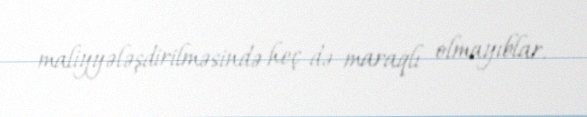
maliyyələşdirilməsində heç də maraqlı olmayıblar.